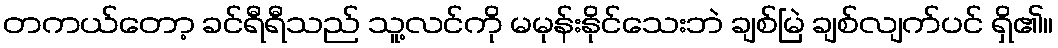
တကယ်တော့ ခင်ရီရီသည် သူ့လင်ကို မမုန်းနိုင်သေးဘဲ ချစ်မြဲ ချစ်လျက်ပင် ရှိ၏။